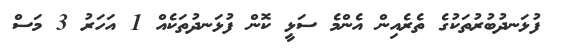
ފުޅަނދުބުރުތަކުގެ ތެރެއިން އެންމެ ސަޅީ ކޮން ފުޅަނދުތަކެއް 1 އަހަރު 3 މަސް